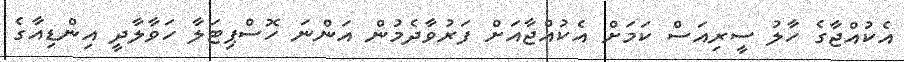
އެކުއްޖާގެ ހާލު ސީރިއަސް ކަމަށް އެކުއްޖާއަށް ފަރުވާދެމުން އަންނަ ހޮސްޕިޓަލާ ހަވާލާދީ އިންޑިއާގެ